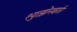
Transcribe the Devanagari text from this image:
श्युत्झेनबर्गर